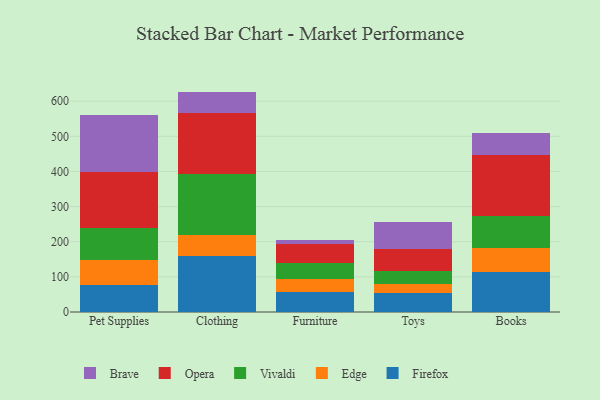
{"axis": {"x": "Category", "y": "Net Income (USD K)"}, "legend": ["Brave", "Edge", "Firefox", "Opera", "Vivaldi"], "data": [{"x": "Pet Supplies", "y": 77.5, "type": "Firefox"}, {"x": "Pet Supplies", "y": 69.2, "type": "Edge"}, {"x": "Pet Supplies", "y": 92.2, "type": "Vivaldi"}, {"x": "Pet Supplies", "y": 160.2, "type": "Opera"}, {"x": "Pet Supplies", "y": 162.4, "type": "Brave"}, {"x": "Clothing", "y": 159.3, "type": "Firefox"}, {"x": "Clothing", "y": 60.4, "type": "Edge"}, {"x": "Clothing", "y": 173.1, "type": "Vivaldi"}, {"x": "Clothing", "y": 172.7, "type": "Opera"}, {"x": "Clothing", "y": 61.7, "type": "Brave"}, {"x": "Furniture", "y": 55.7, "type": "Firefox"}, {"x": "Furniture", "y": 39.0, "type": "Edge"}, {"x": "Furniture", "y": 46.0, "type": "Vivaldi"}, {"x": "Furniture", "y": 53.7, "type": "Opera"}, {"x": "Furniture", "y": 11.5, "type": "Brave"}, {"x": "Toys", "y": 55.1, "type": "Firefox"}, {"x": "Toys", "y": 25.8, "type": "Edge"}, {"x": "Toys", "y": 34.6, "type": "Vivaldi"}, {"x": "Toys", "y": 62.8, "type": "Opera"}, {"x": "Toys", "y": 76.6, "type": "Brave"}, {"x": "Books", "y": 114.3, "type": "Firefox"}, {"x": "Books", "y": 67.7, "type": "Edge"}, {"x": "Books", "y": 90.3, "type": "Vivaldi"}, {"x": "Books", "y": 174.8, "type": "Opera"}, {"x": "Books", "y": 63.7, "type": "Brave"}]}